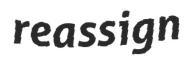
reassign